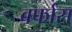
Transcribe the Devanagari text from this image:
बर्फास